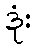
ဒုံး